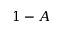
1 - A